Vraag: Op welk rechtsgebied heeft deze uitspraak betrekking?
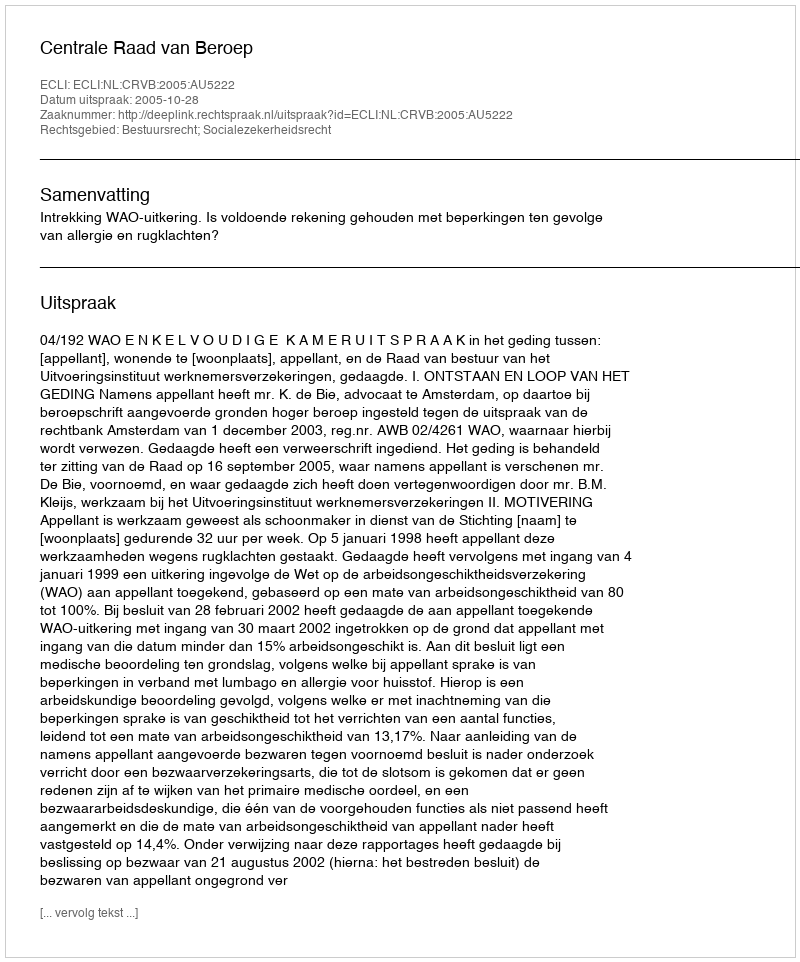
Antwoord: Bestuursrecht; Socialezekerheidsrecht